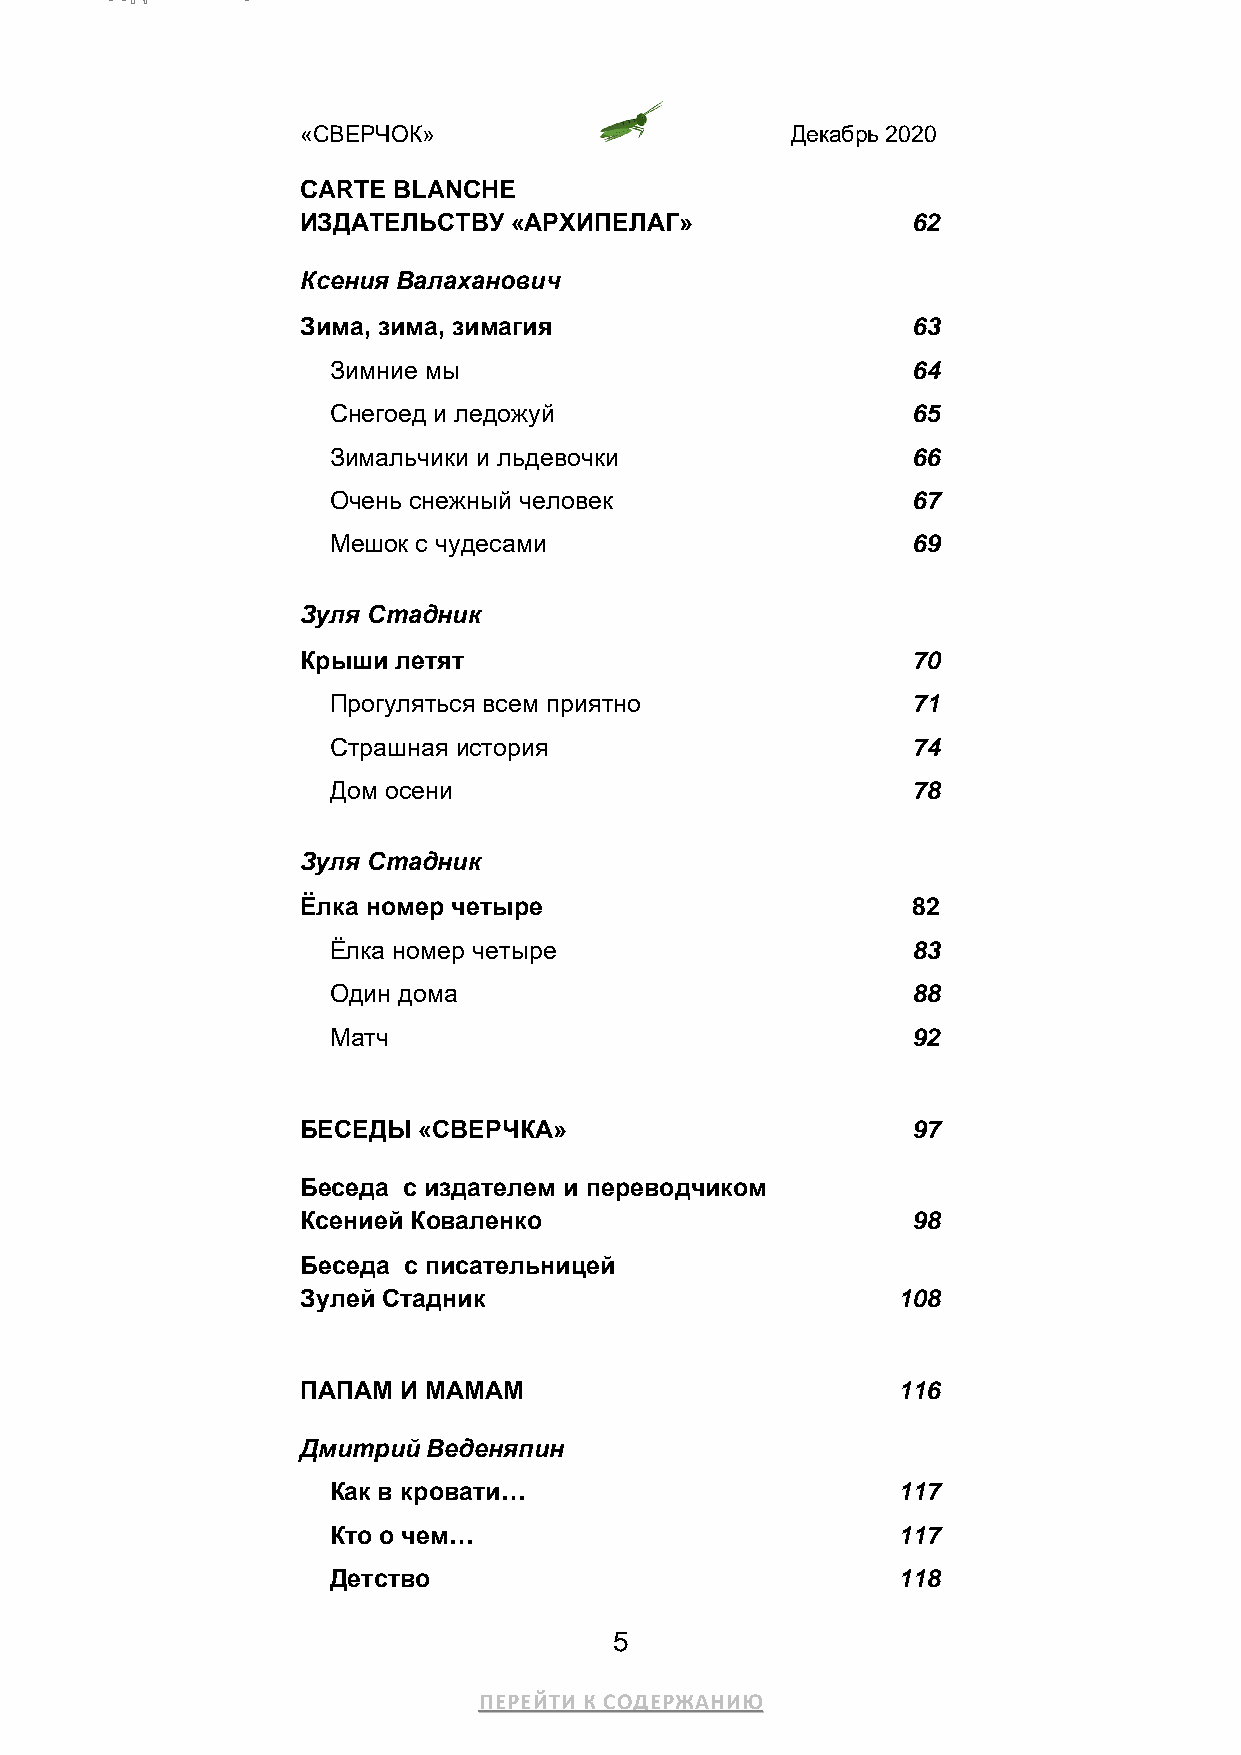
«СВЕРЧОК»                       Декабрь 2020
 CARTE BLANCHE
 ИЗДАТЕЛЬСТВУ  «АРХИПЕЛАГ»               62
 Ксения Валаханович
 Зима, зима, зимагия                     63
 Зимние мы                             64
 Снегоед и ледожуй                     65
 Зимальчики и льдевочки                66
 Очень снежный человек                 67
 Мешок с чудесами                      69
 Зуля Стадник
 Крыши летят                             70
 Прогуляться всем приятно              71
 Страшная история                      74
 Дом осени                             78
 Зуля Стадник
 Ёлка номер четыре                       82
 Ёлка номер четыре                     83
 Один дома                             88
 Матч                                  92
 БЕСЕДЫ  «СВЕРЧКА»                       97
 Беседа с издателем и переводчиком
 Ксенией Коваленко                       98
 Беседа с писательницей
 Зулей Стадник                          108
 ПАПАМ И МАМАМ                          116
 Дмитрий Веденяпин
 Как в кровати…                       117
 Кто о чем…                           117
 Детство                              118
 5
 ПЕРЕЙТИ К СОДЕРЖАНИЮ